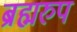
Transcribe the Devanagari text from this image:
ब्रह्मरुप